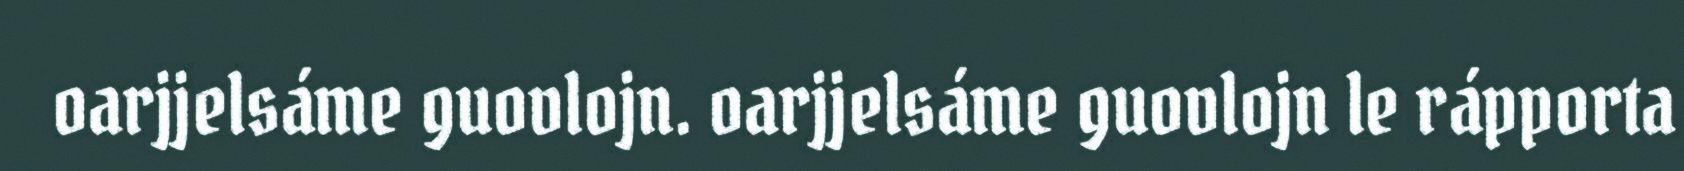
oarjjelsáme guovlojn. oarjjelsáme guovlojn le rápporta